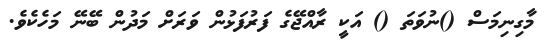
މާގިނިމަސް ()ނުވަތަ () އަކީ ރާއްޖޭގެ ފަރުފަޅުން ވަރަށް މަދުން ބޭނޭ މަހެކެވެ.